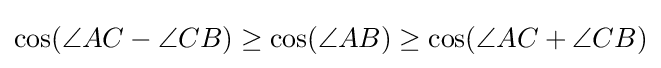
\cos(\angle {AC}-\angle {CB})\geq \cos(\angle {AB})\geq \cos(\angle {AC}+\angle {CB})